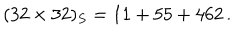
( 3 2 \times 3 2 ) _ { S } = 1 1 + 5 5 + 4 6 2 \, .